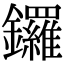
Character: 鑼